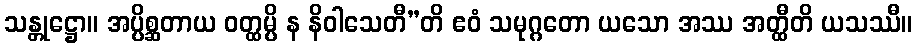
သန္တုဋ္ဌော။ အပ္ပိစ္ဆတာယ ဝတ္ထမ္ပိ န နိဝါသေတီ”တိ ဧဝံ သမုဂ္ဂတော ယသော အဿ အတ္ထီတိ ယသဿီ။